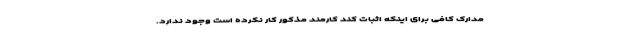
مدارک کافی برای اینکه اثبات کند کارمند مذکور کار نکرده است وجود ندارد.